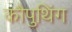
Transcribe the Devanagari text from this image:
कौपुथिंग